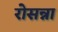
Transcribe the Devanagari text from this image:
रोसन्ना